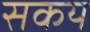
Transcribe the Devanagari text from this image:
सकय